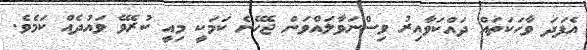
އެފަދަ ވާހަކަތައް ދައްކަވާއިރު ވިސްނަވާލައްވަން ޖެހޭނެ ކަމަކީ މިއީ ކުރެވޭ ވައުދެއް ކަމެވެ.